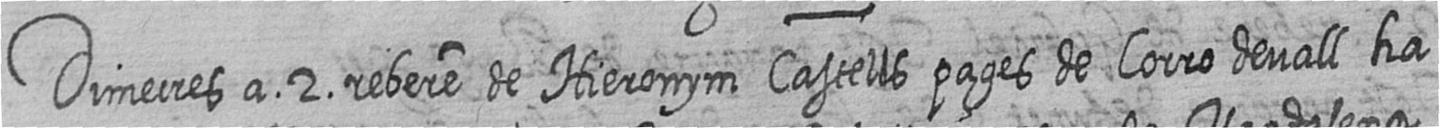
Dimecres a 2 rebere de Hieronym Castells pages de Corro devall ha